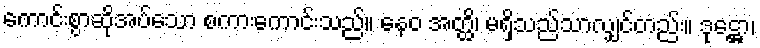
ကောင်းစွာဆိုအပ်သော စကားကောင်းသည်။ နေဝ အတ္ထိ၊ မရှိသည်သာလျှင်တည်း။ ဒုဋ္ဌော၊